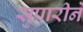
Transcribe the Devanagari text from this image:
सुपारीने